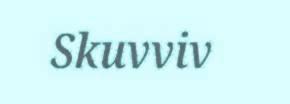
Skuvviv